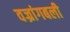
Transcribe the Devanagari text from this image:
वज्रांगबली